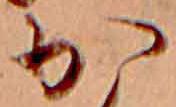
か